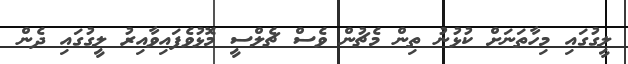
ލީގުގައި މިހާތަނަށް ކުޅުނު ތިން މެޗުން ވެސް ޗެލްސީ މޮޅުވެފައިވާއިރު ލީގުގައި ދެން